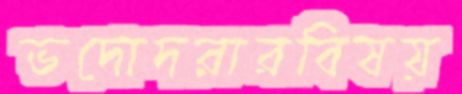
ভদোদরারবিষয়